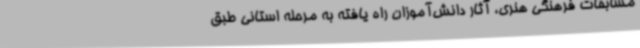
مسابقات فرهنگی هنری، آثار دانش‌آموزان راه یافته به مرحله استانی طبق